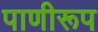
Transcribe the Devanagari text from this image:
पाणीरूप